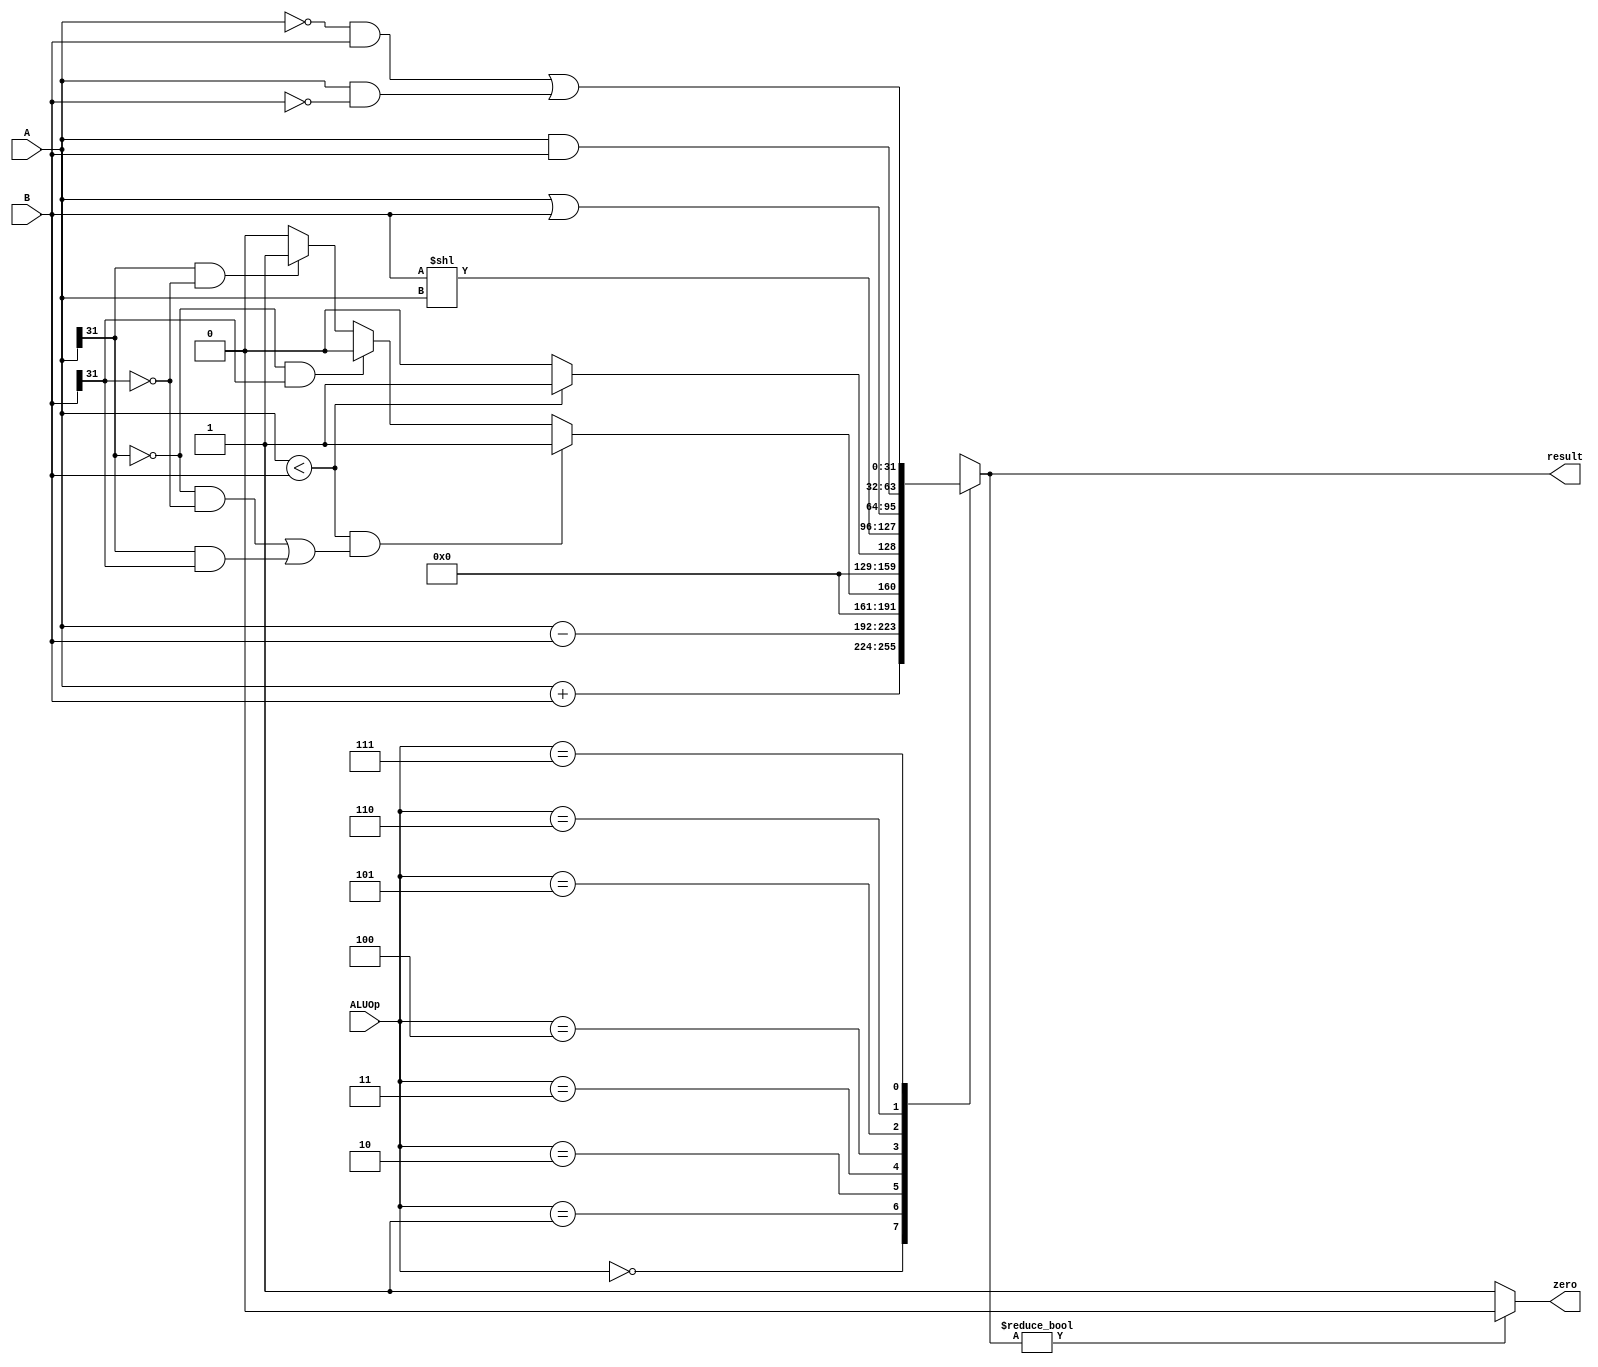
module ALU(A, B, ALUOp, zero, result);
  input [31:0] A, B;
  input [2:0] ALUOp;
  output zero;
  output reg [31:0] result;
  initial begin
        result = 0;
  end
  assign zero = (result? 0 : 1);
  always @(A or B or ALUOp) begin
    case(ALUOp)
      3'b000: result = A + B;
      3'b001: result = A - B;
      3'b010: begin
          if (A < B &&(( A[31] == 0 && B[31]==0)  || (A[31] == 1 && B[31]==1)))  result = 1;
          else if (A[31] == 0 && B[31]==1)  result = 0;
          else if (A[31] == 1 && B[31]==0)  result = 1;
          else result = 0; 
      end
      3'b011: result = (A < B ? 1 : 0);
      3'b100: result = B << A;
      3'b101: result = A | B;
      3'b110: result = A & B;
      3'b111: result = (~A & B) | (A & ~B);
      default: result = 0;
    endcase
  end
endmodule